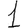
Digit: 1